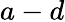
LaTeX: a-d